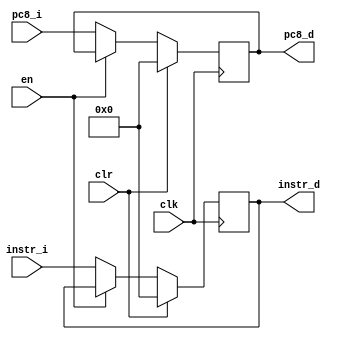
`timescale 1ns / 1ps

module Dpipe (clk,clr,en,
				instr_i,pc8_i,
				instr_d,pc8_d);
input clk,clr,en;
input [31:0] instr_i,pc8_i;
output reg [31:0]instr_d,pc8_d;

initial begin
	instr_d<=0; pc8_d<=0;
end

always@(posedge clk)
	begin
		if(clr)
			begin
				instr_d<=0; pc8_d<=0;
			end
		else if(en)
			begin
				instr_d<=instr_d; pc8_d<=pc8_d;
			end
		else 
			begin
				instr_d<=instr_i; pc8_d<=pc8_i;
			end
	end
endmodule